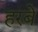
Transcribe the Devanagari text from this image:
हरबे